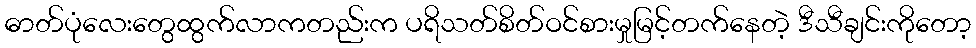
ဓာတ်ပုံလေးတွေထွက်လာကတည်းက ပရိသတ်စိတ်ဝင်စားမှုမြင့်တက်နေတဲ့ ဒီသီချင်းကိုတော့